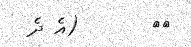
٢٤       (އެ ދެ